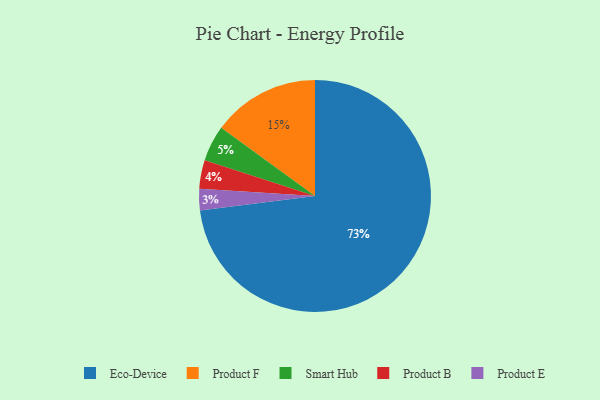
{"axis": {"x": "Category", "y": "Percentage"}, "legend": ["Eco-Device", "Product B", "Product E", "Product F", "Smart Hub"], "data": [{"x": "Product B", "y": 4, "type": "Product B"}, {"x": "Product F", "y": 15, "type": "Product F"}, {"x": "Smart Hub", "y": 5, "type": "Smart Hub"}, {"x": "Product E", "y": 3, "type": "Product E"}, {"x": "Eco-Device", "y": 73, "type": "Eco-Device"}]}